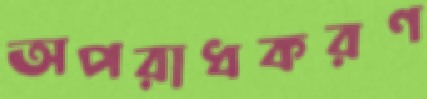
অপরাধকরণ